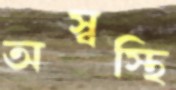
অস্বস্থি